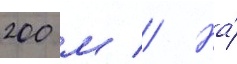
200 м // На́